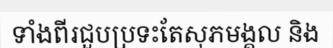
ទាំងពីរជួបប្រទះតែសុភមង្គល និង